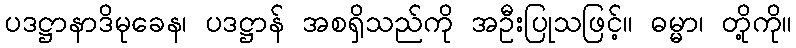
ပဒဋ္ဌာနာဒိမုခေန၊ ပဒဋ္ဌာန် အစရှိသည်ကို အဦးပြုသဖြင့်။ ဓမ္မာ၊ တို့ကို။